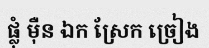
ផ្លុំ ម៉ឺន ឯក ស្រែក ច្រៀង